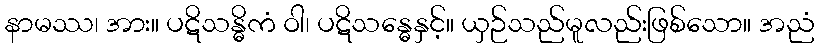
နာမဿ၊ အား။ ပဋိသန္ဓိကံ ဝါ၊ ပဋိသန္ဓေနှင့်။ ယှဉ်သည်မူလည်းဖြစ်သော။ အညံ